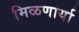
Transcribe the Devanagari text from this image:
मिळणार्या